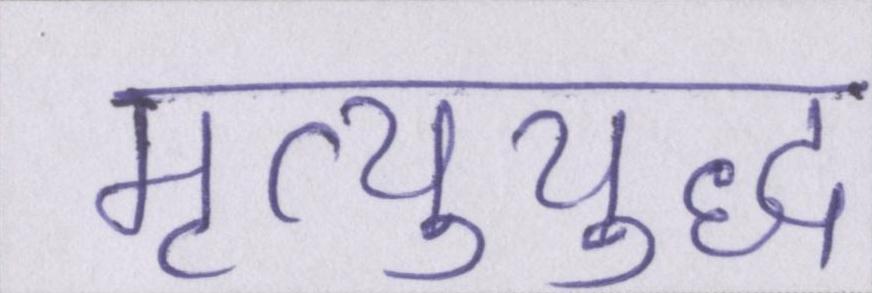
मृत्युयुद्ध